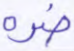
ضره